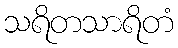
သရိတသာရိတံ